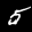
Label: 5